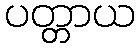
ပတ္တာယ